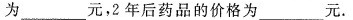
为___元，2年后药品的价格为___元。